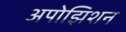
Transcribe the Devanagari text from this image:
अपोझिशन